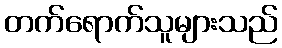
တက်ရောက်သူများသည်